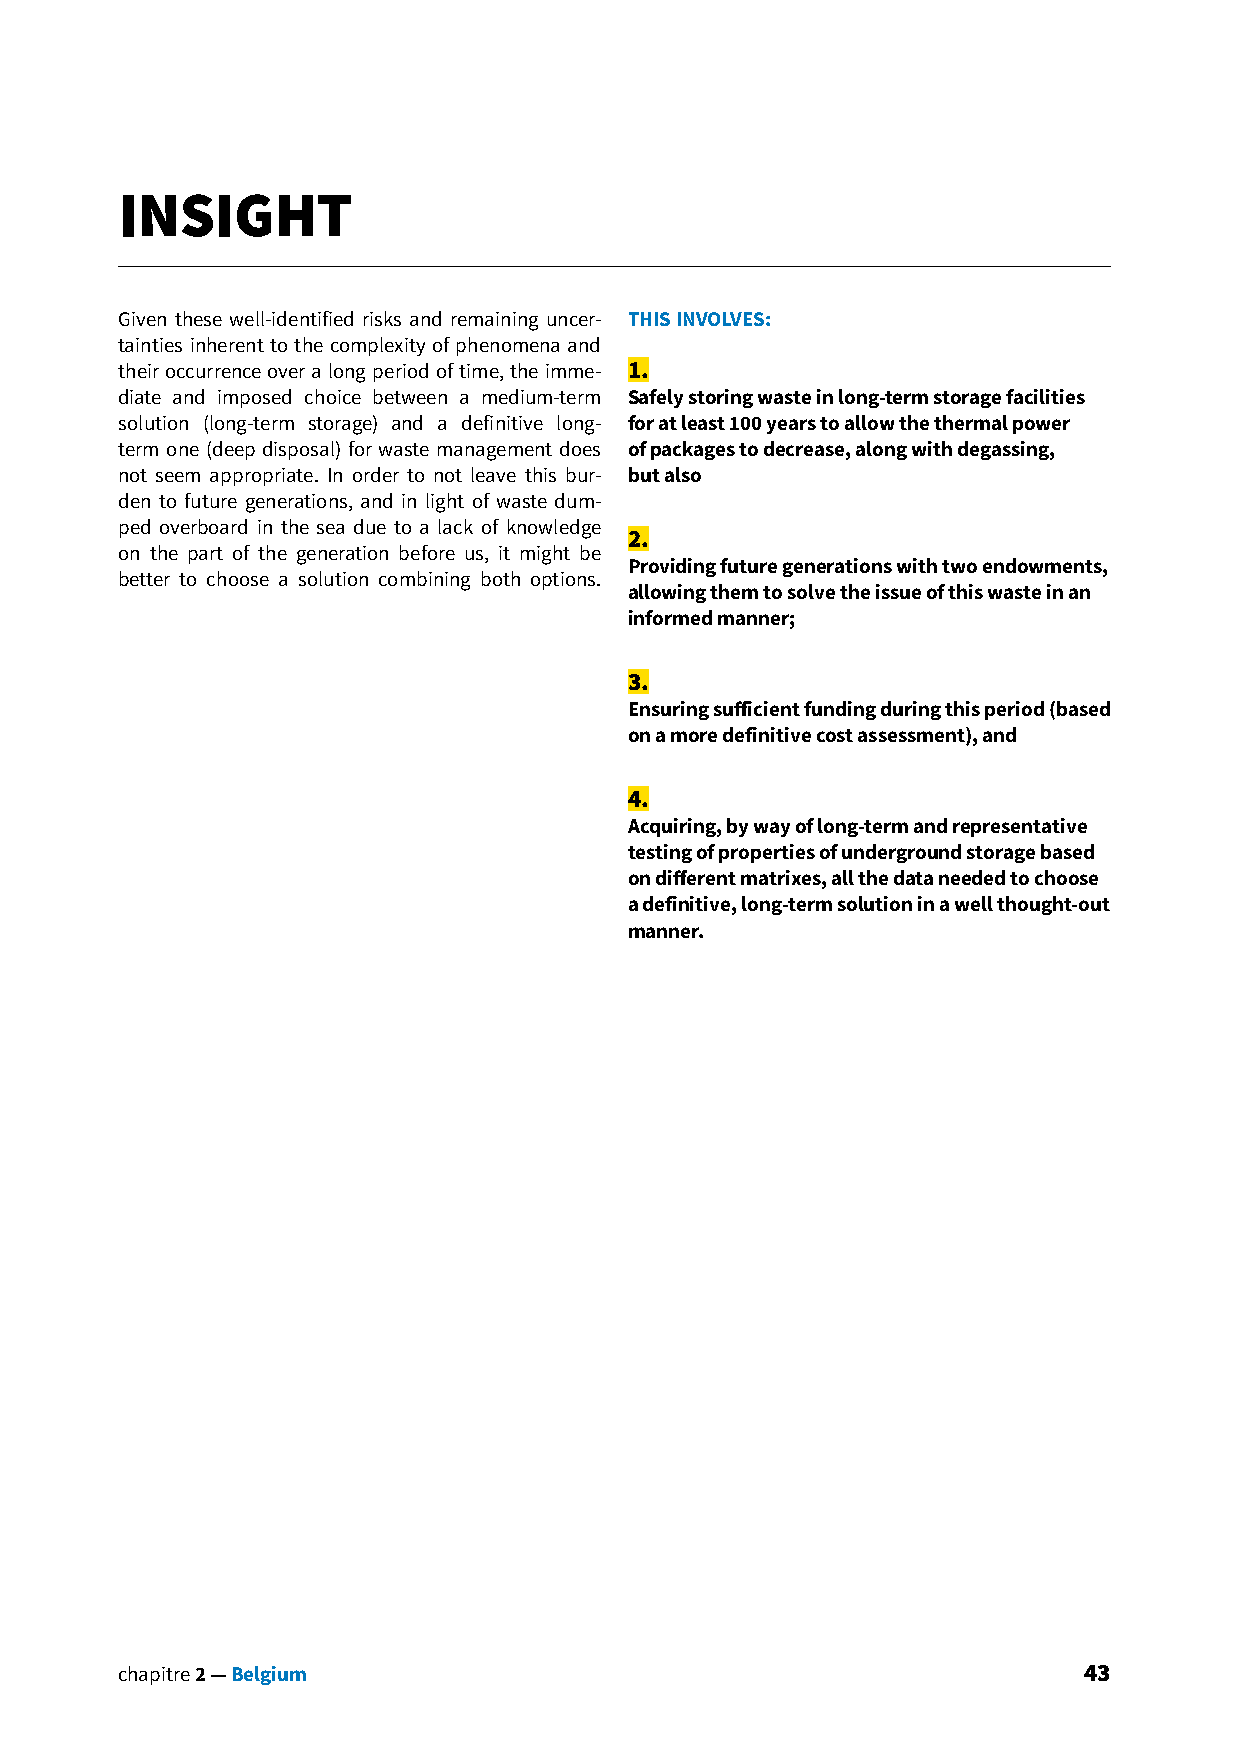
INSIGHT
 Given these well-identified risks and remaining uncer- THIS INVOLVES:
 tainties inherent to the complexity of phenomena and
 their occurrence over a long period of time, the imme- 1.
 diate and imposed choice between a medium-term Safely storing waste in long-term storage facilities
 solution (long-term storage) and a definitive long- for at least 100 years to allow the thermal power
 term one (deep disposal) for waste management does of packages to decrease, along with degassing,
 not seem appropriate. In order to not leave this bur- but also
 den to future generations, and in light of waste dum-
 ped overboard in the sea due to a lack of knowledge
 2.
 on the part of the generation before us, it might be
 Providing future generations with two endowments,
 better to choose a solution combining both options.
 allowing them to solve the issue of this waste in an
 informed manner;
 3.
 Ensuring sufficient funding during this period (based
 on a more definitive cost assessment), and
 4.
 Acquiring, by way of long-term and representative
 testing of properties of underground storage based
 on different matrixes, all the data needed to choose
 a definitive, long-term solution in a well thought-out
 manner.
 chapitre 2 — Belgium                                            43